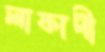
লাফাদী